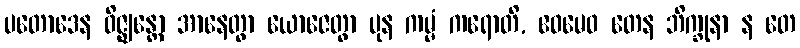
ပတောဒေန ဝိဇ္ဈန္တော အာနေတွာ ယောဇေတွာ ပုန ကမ္မံ ကရောတိ, ဧဝမေဝ တေန ဘိက္ခုနာ န တေ